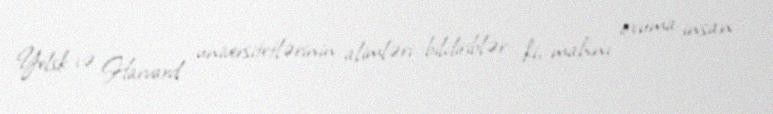
Yelsk və Harvard universitetlərinin alimləri bildiriblər ki, mahnı oxuma insan